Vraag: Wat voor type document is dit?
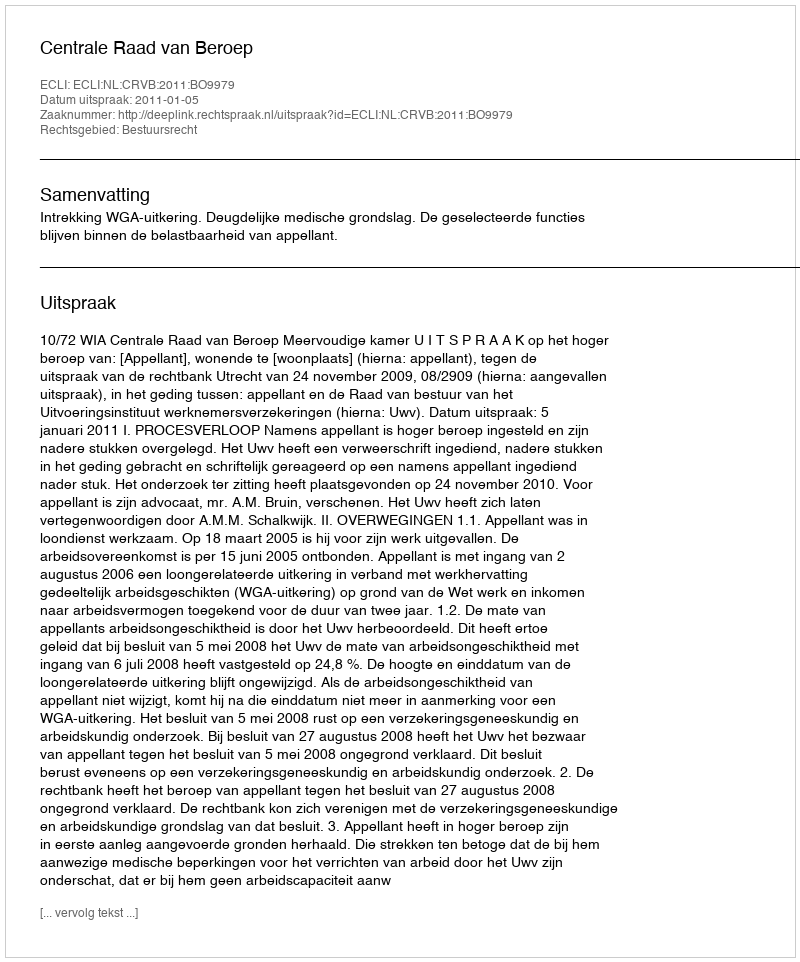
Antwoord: Uitspraak